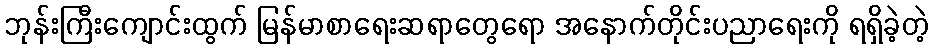
ဘုန်းကြီးကျောင်းထွက် မြန်မာစာရေးဆရာတွေရော အနောက်တိုင်းပညာရေးကို ရရှိခဲ့တဲ့